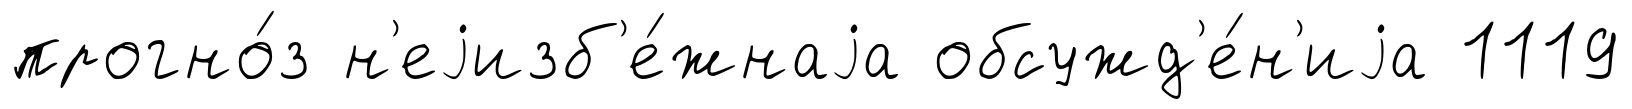
прогно́з н'еjизб'е́жнаjа обсужд'е́н'иjа 1119